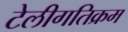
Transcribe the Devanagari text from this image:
टेलीगतिक्रम